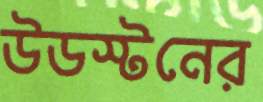
উডস্টনের